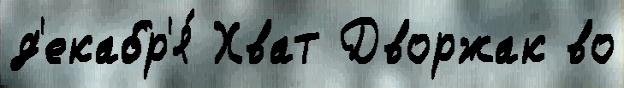
д'екабр'я́ Хват Дворжак во